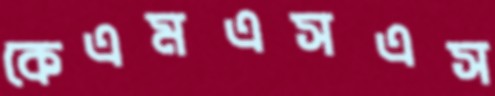
কেএমএসএস